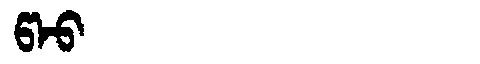
Manchu: ᡦᠠᠣ
Romanization: PAO